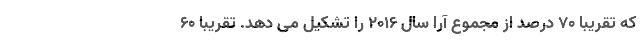
که تقریبا ۷۰ درصد از مجموع آرا سال ۲۰۱۶ را تشکیل می دهد. تقریبا ۶۰